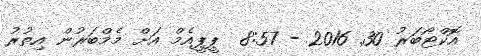
އޮކްޓޯބަރު 30